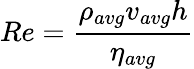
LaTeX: Re=\frac{\rho_{avg}v_{avg}h}{\eta_{avg}}